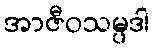
အာဇီဝသမ္ပဒါ